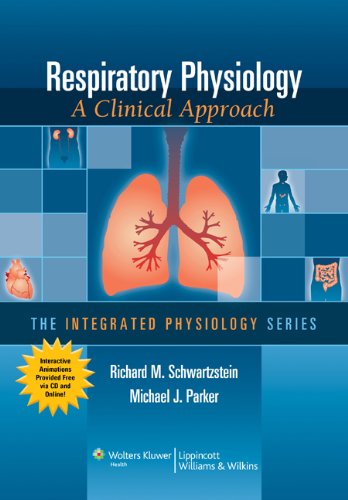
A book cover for Respiratory Physiology: A Clinical Approach (Integrated Physiology); Richard M. Schwartzstein MD; Medical Books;